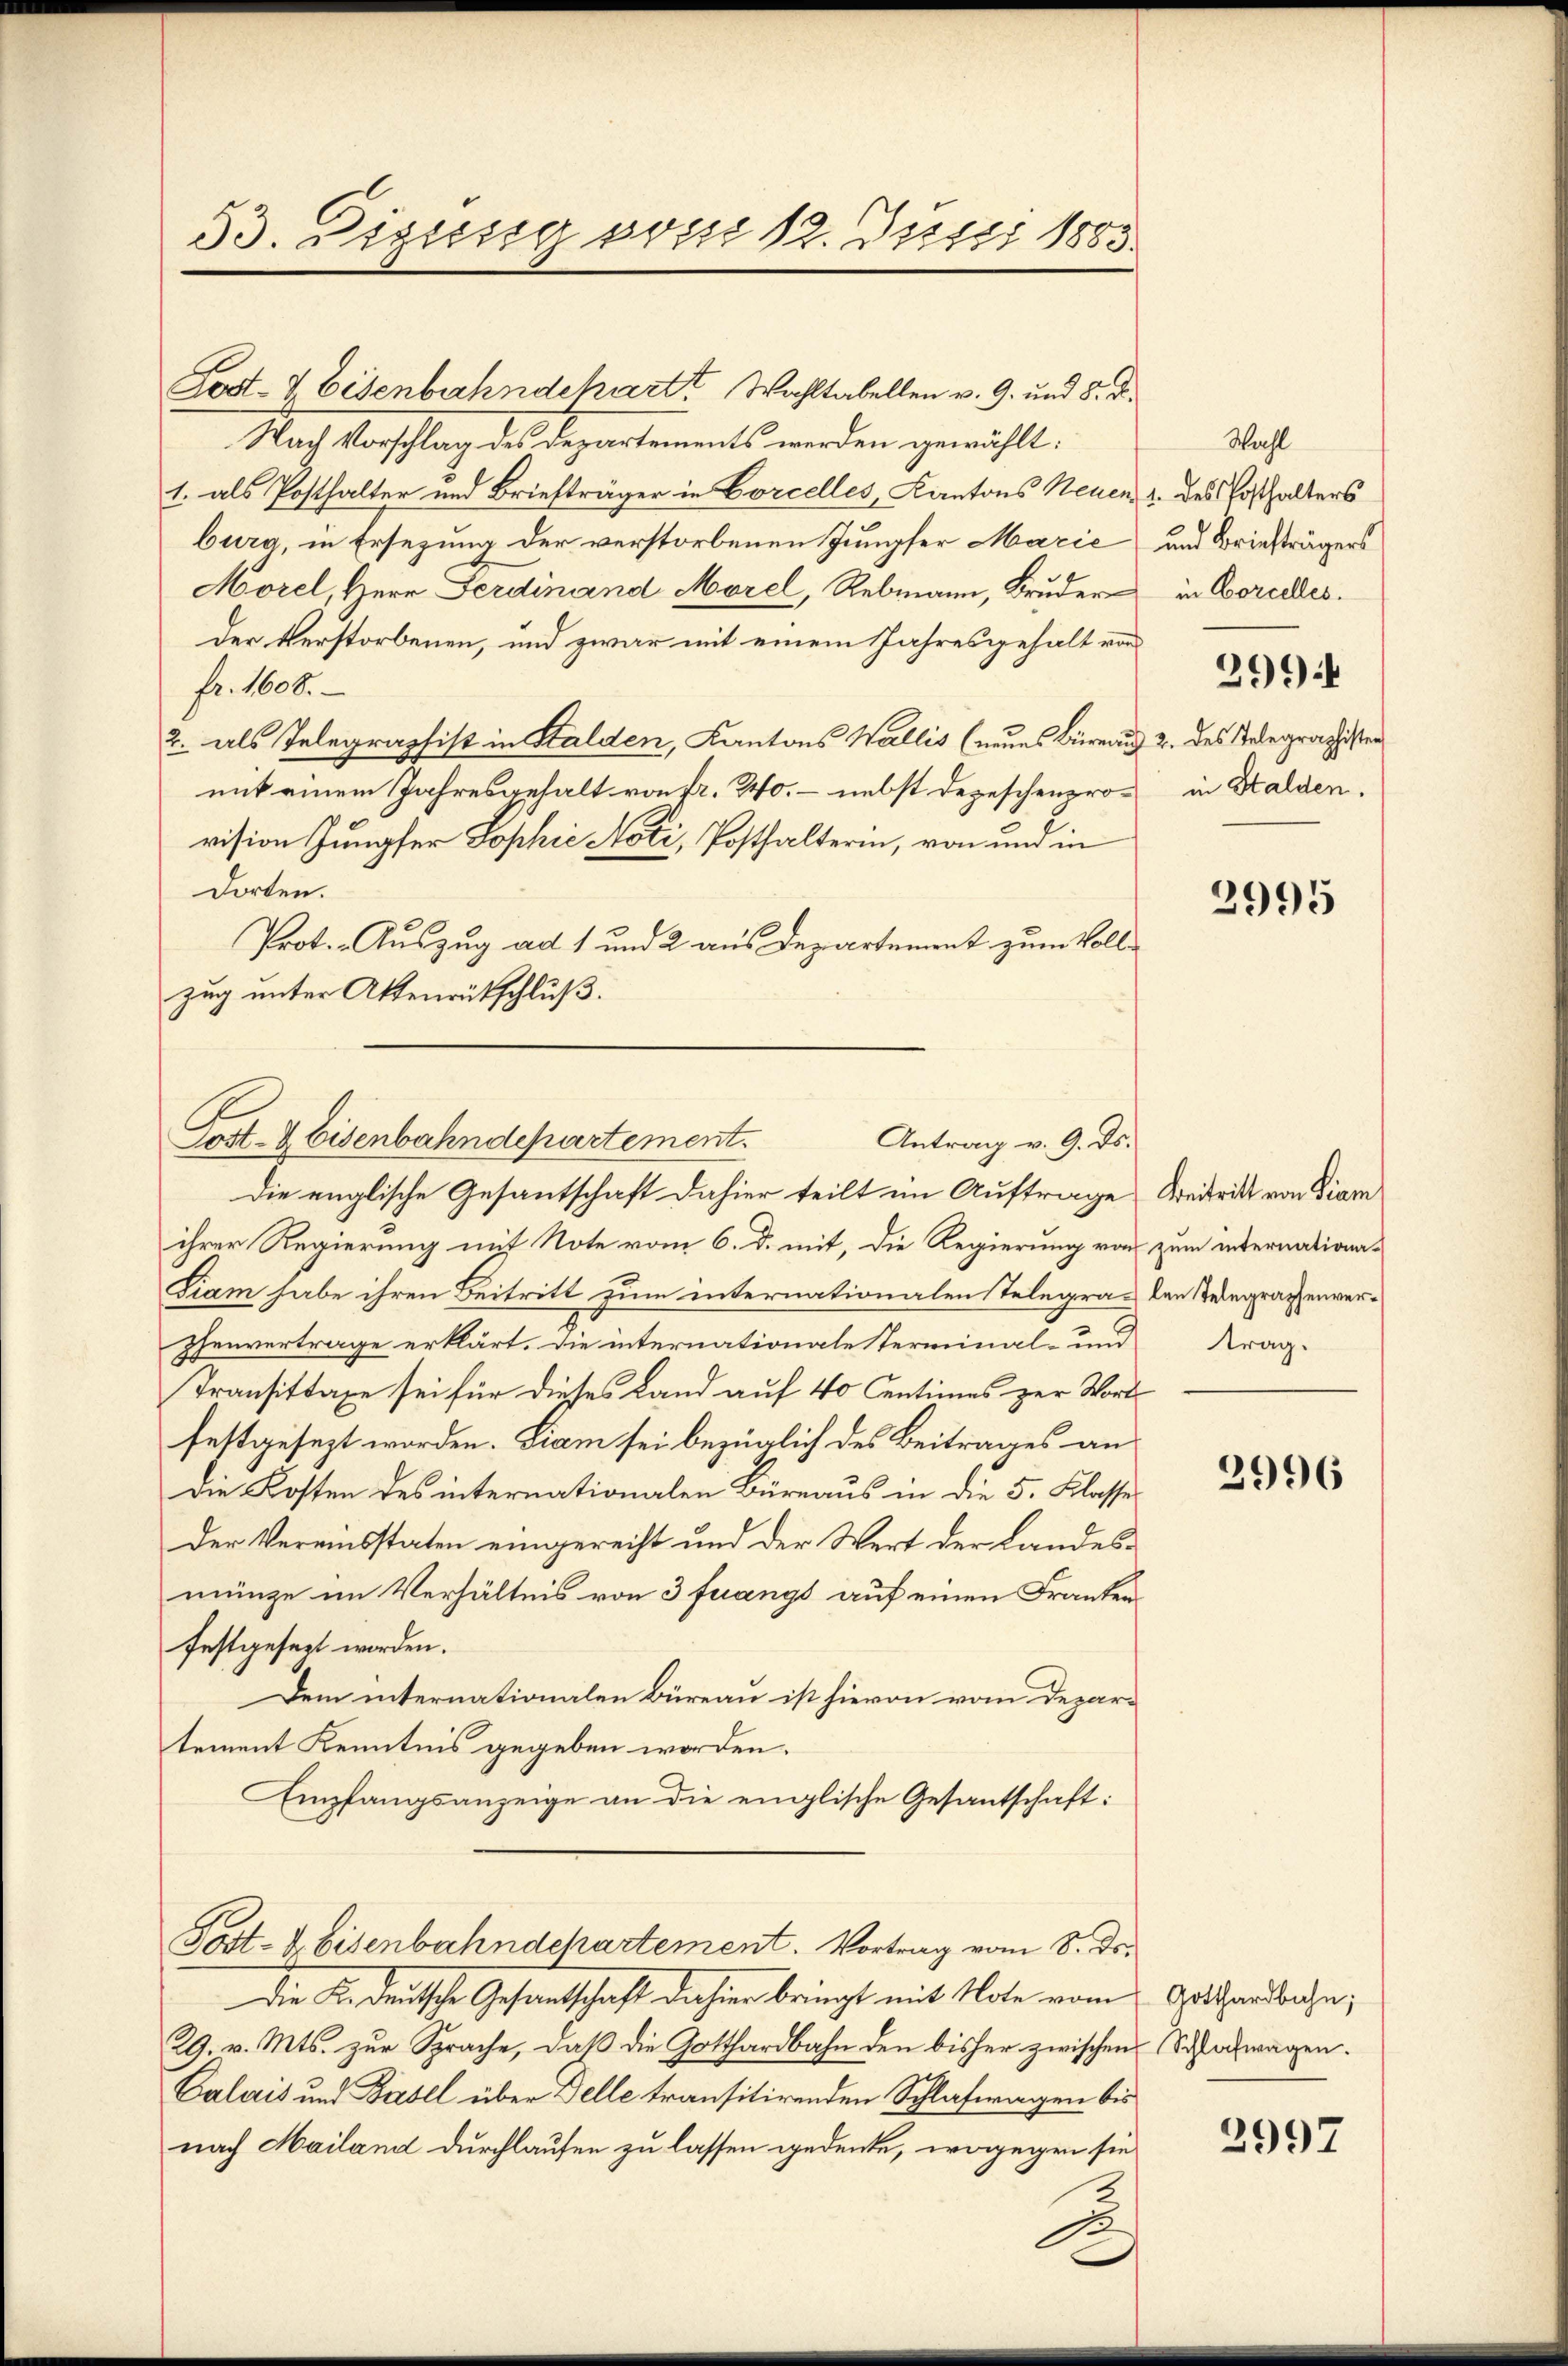
53. Digusig vorso 12. Jussi 1885.

Lost- & Eisenbahndehart Wahltabellen v. 9. und 8. d.
Nach Vorschlag des Departements werden gewählt:
1. als Posthalter und Briefträger in Corcelles, Kantons Neuen, 1. des Losthalters
bura, in Ersezung der verstorbenen Jungfer Marie
Morel, Herr Ferdinand Morel, Rebmann, Bruder
der Verstorbenen, und zwar mit einem Jahresgehalt von
fr. 1608.
2. als Telegraphist in Halden, Kantons Wallis (neues Büreau 2. des Telegraphister
mit einem Jahresgehalt von fr. 240, – nebst depeschenprovision Jungfer Sophie Noti, Posthalterin, von und in
Dorten.
Prot. - Auszug ad 1 und 2 aus Departement zum Vollzug unter Aktenrutschluß.
Die englische Gesantschaft dahier teilt im Auftrage Beitritt von Diam
ihrer Regierung mit Note vom 6. d. mit, die Regierung von zum internationa-
Siam habe ihren Beitritt zum internationalen Telegraphenvertrage erklärt. Die internationale Terminal- und
Transittage sei für dieses Land auf 40 Centimes zur Worts
festgesezt worden. Liam sei bezüglich des Beitrages an
die Kosten des internationalen Büreaus in die 5. Klasse
Der Vereinsstaten eingerecht und der Wert der Landesmünze im Verhältnis von 3 fuangs auf einen Frankenfestgesezt worden.
Dem internationalen Büreau ist hievon vom Departement Kenntnis gegeben worden.
Empfangsanzeige an die einglische Gesantschaft:
Post- & Eisenbahndchartement. Vortrag vom 8. ds.
Die Kindeutsche Gesantschaft dahier bringt mit Note vom Gotthardbahn,
29. v. Mts. zur Sprache, daß die Gotthardbahn den bisher zwischen Schlafwagen.
Calais und Basel über Delle transitirenden Schlafwagen bis
nach Mailand durchlaufen zu lassen gedenke, wogegen sie

Gost- & Eisenbahndepartement.
Antrag v. 9. ds.

Wahl
und Briefträgers
in Corcelles.
2994
in Stalden.

2995

len Telegraphenvertrag.

2996

2997